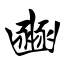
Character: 豳